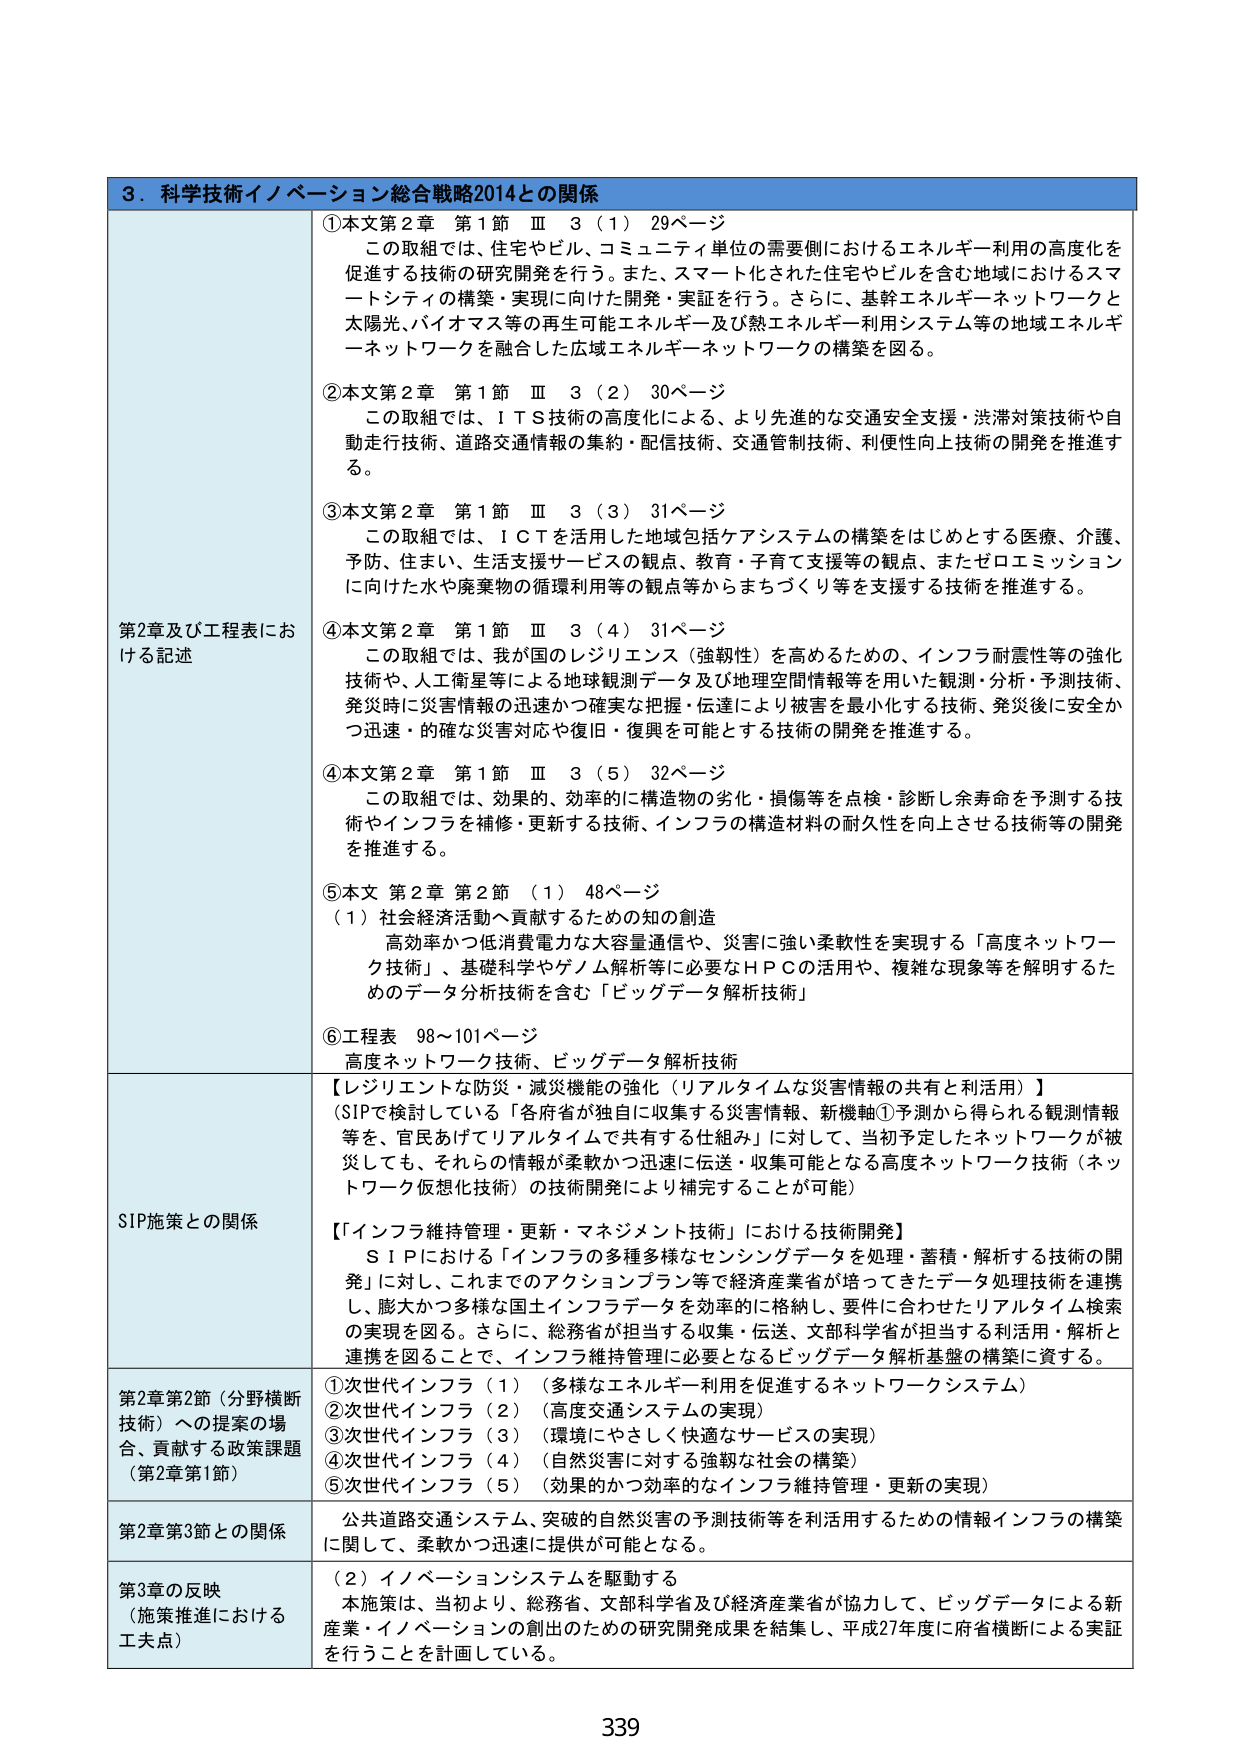
3．科学技術イノベーション総合戦略2014との関係

第2章及び工程表における記述

①本文第2章 第1節 Ⅲ 3（1）29ページ
この取組では、住宅やビル、コミュニティ単位の需要側におけるエネルギー利用の高度化を促進する技術の研究開発を行う。また、スマート化された住宅やビルを含む地域におけるスマートシティの構築・実現に向けた開発・実証を行う。さらに、基幹エネルギーネットワークと太陽光、バイオマス等の再生可能エネルギー及び熱エネルギー利用システム等地域エネルギーネットワークを融合した広域エネルギーネットワークの構築を図る。

②本文第2章 第1節 Ⅲ 3（2）30ページ
この取組では、ＩＴＳ技術の高度化による、より先進的な交通安全支援・渋滞対策技術や自動走行技術、道路交通情報の集約・配信技術、交通管制技術、利便性向上技術の開発を推進する。

③本文第2章 第1節 Ⅲ 3（3）31ページ
この取組では、ＩＣＴを活用した地域包括ケアシステムの構築をはじめとする医療、介護、予防、住まい、生活支援サービスの観点、教育・子育て支援等の観点、またゼロエミッションに向けた水や廃棄物の循環利用等の観点等からまちづくり等を支援する技術を推進する。

④本文第2章 第1節 Ⅲ 3（4）31ページ
この取組では、我が国のレジリエンス（強靭性）を高めるための、インフラ耐震性等の強化技術や、人工衛星等による地球観測データ及び地理空間情報等を用いた観測・分析・予測技術、発災時に災害情報の迅速かつ確実な把握・伝達により被害を最小化する技術、発災後に安全かつ迅速・的確な災害対応や復旧・復興を可能とする技術の開発を推進する。

④本文第2章 第1節 Ⅲ 3（5）32ページ
この取組では、効果的、効率的に構造物の劣化・損傷等を点検・診断し余寿命を予測する技術やインフラを補修・更新する技術、インフラの構造材料の耐久性を向上させる技術等の開発を推進する。

⑤本文 第2章 第2節 （1）48ページ
（1）社会経済活動へ貢献するための知の創造
高効率かつ低消費電力な大容量通信や、災害に強い柔軟性を実現する「高度ネットワーク技術」、基礎科学やゲノム解析等に必要なＨＰＣの活用や、複雑な現象等を解明するためのデータ分析技術を含む「ビッグデータ解析技術」

⑥工程表 98～101ページ
高度ネットワーク技術、ビッグデータ解析技術

SIP施策との関係

【レジリエントな防災・減災機能の強化（リアルタイムな災害情報の共有と利活用）】
（SIPで検討している「各府省が独自に収集する災害情報、新機軸①予測から得られる観測情報等を、官民あげてリアルタイムで共有する仕組み」に対して、当初予定したネットワークが被災しても、それらの情報が柔軟かつ迅速に伝送・収集可能となる高度ネットワーク技術（ネットワーク仮想化技術）の技術開発により補完することが可能）

【インフラ維持管理・更新・マネジメント技術】における技術開発】
ＳＩＰにおける「インフラの多種多様なセンシングデータを処理・蓄積・解析する技術の開発」に対し、これまでのアクションプラン等で経済産業省が培ってきたデータ処理技術を連携し、膨大かつ多様な国土インフラデータを効率的に格納し、要件に合わせたリアルタイム検索の実現を図る。さらに、総務省が担当する収集・伝送、文部科学省が担当する利活用・解析と連携を図ることで、インフラ維持管理に必要となるビッグデータ解析基盤の構築に資する。

第2章第2節（分野横断技術）への提案の場合、貢献する政策課題（第2章第1節）
①次世代インフラ（1）（多様なエネルギー利用を促進するネットワークシステム）
②次世代インフラ（2）（高度交通システムの実現）
③次世代インフラ（3）（環境にやさしく快適なサービスの実現）
④次世代インフラ（4）（自然災害に対する強靭な社会の構築）
⑤次世代インフラ（5）（効果的かつ効率的なインフラ維持管理・更新の実現）

第2章第3節との関係
公共道路交通システム、突破的自然災害の予測技術等を利活用するための情報インフラの構築に関して、柔軟かつ迅速に提供が可能となる。

第3章の反映（施策推進における工夫点）
（2）イノベーションシステムを駆動する
本施策は、当初より、総務省、文部科学省及び経済産業省が協力して、ビッグデータによる新産業・イノベーションの創出のための研究開発成果を結集し、平成27年度に府省横断による実証を行うことを計画している。

339